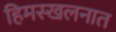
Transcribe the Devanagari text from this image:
हिमस्खलनात